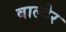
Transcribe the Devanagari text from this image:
बाल्देर